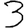
Digit: 3